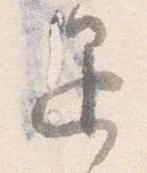
退